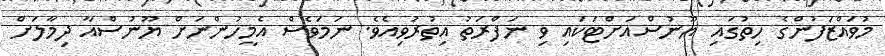
މުވައްޒަފުންގެ ހިތުގައި ޔޫނުސްއަށްޓަކައި ވި ނަފްރަތު އިތުރުވިއެވެ. ނަމަވެސް އެމީހުންނަށް ޔޫނުސްއާ ދިމާލަށް